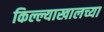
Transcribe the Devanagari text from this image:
किल्ल्याखालच्या